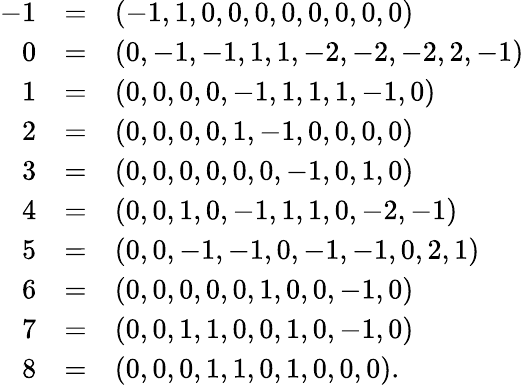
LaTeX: \begin{array}{rcl}{-1}&{=}&{(-1,1,0,0,0,0,0,0,0,0)}\\ {0}&{=}&{(0,-1,-1,1,1,-2,-2,-2,2,-1)}\\ {1}&{=}&{(0,0,0,0,-1,1,1,1,-1,0)}\\ {2}&{=}&{(0,0,0,0,1,-1,0,0,0,0)}\\ {3}&{=}&{(0,0,0,0,0,0,-1,0,1,0)}\\ {4}&{=}&{(0,0,1,0,-1,1,1,0,-2,-1)}\\ {5}&{=}&{(0,0,-1,-1,0,-1,-1,0,2,1)}\\ {6}&{=}&{(0,0,0,0,0,1,0,0,-1,0)}\\ {7}&{=}&{(0,0,1,1,0,0,1,0,-1,0)}\\ {8}&{=}&{(0,0,0,1,1,0,1,0,0,0).}\end{array}